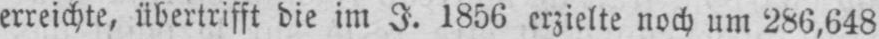
erreichte, übertrifft die im J. 1856 erzielte noch um 286,648